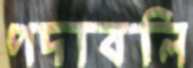
পদাবলি